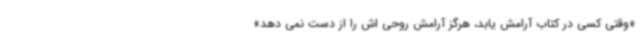
«وقتی کسی در کتاب آرامش یابد، هرگز آرامش روحی اش را از دست نمی دهد»